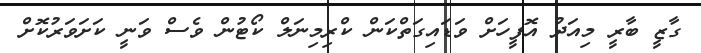
ގާޒީ ބާރީ މިއަދު އޮފީހަށް ވަޑައިގަތްކަން ކްރިމިނަލް ކޯޓުން ވެސް ވަނީ ކަށަވަރުކޮށް